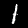
Digit: 1